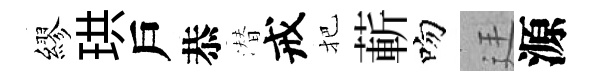
繆珙戶恭潜戒把蔪吻廷源